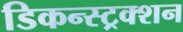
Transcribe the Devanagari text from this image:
डिकन्स्ट्रक्शन